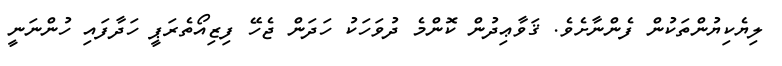
ލިޔެކިޔުންތަކުން ފެންނާށެވެ. ޤަވާޢިދުން ކޮންމެ ދުވަހަކު ހަދަން ޖެހޭ ފިޒިއޯތެރަޕީ ހަދާފައި ހުންނަނީ